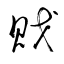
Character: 戝